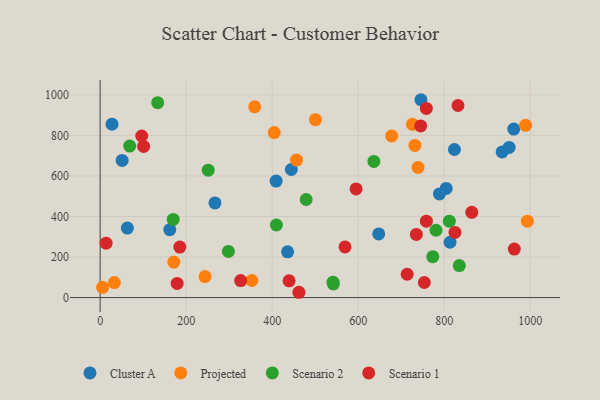
{"axis": {"x": "Speed", "y": "Yield"}, "legend": ["Cluster A", "Projected", "Scenario 1", "Scenario 2"], "data": [{"x": "745.8", "y": 975.9, "type": "Cluster A"}, {"x": "63.2", "y": 342.6, "type": "Cluster A"}, {"x": "444.4", "y": 631.7, "type": "Cluster A"}, {"x": "435.8", "y": 225.8, "type": "Cluster A"}, {"x": "647.6", "y": 314.0, "type": "Cluster A"}, {"x": "266.9", "y": 466.7, "type": "Cluster A"}, {"x": "950.9", "y": 740.5, "type": "Cluster A"}, {"x": "51.1", "y": 676.3, "type": "Cluster A"}, {"x": "804.5", "y": 538.4, "type": "Cluster A"}, {"x": "788.8", "y": 511.3, "type": "Cluster A"}, {"x": "961.7", "y": 831.0, "type": "Cluster A"}, {"x": "823.7", "y": 730.4, "type": "Cluster A"}, {"x": "934.6", "y": 718.3, "type": "Cluster A"}, {"x": "27.5", "y": 855.2, "type": "Cluster A"}, {"x": "813.5", "y": 272.8, "type": "Cluster A"}, {"x": "409.1", "y": 574.6, "type": "Cluster A"}, {"x": "161.8", "y": 335.1, "type": "Cluster A"}, {"x": "404.7", "y": 813.9, "type": "Projected"}, {"x": "731.8", "y": 750.5, "type": "Projected"}, {"x": "500.5", "y": 877.6, "type": "Projected"}, {"x": "5.7", "y": 50.3, "type": "Projected"}, {"x": "243.8", "y": 103.4, "type": "Projected"}, {"x": "456.5", "y": 678.2, "type": "Projected"}, {"x": "171.2", "y": 174.9, "type": "Projected"}, {"x": "359.3", "y": 940.8, "type": "Projected"}, {"x": "739.1", "y": 641.9, "type": "Projected"}, {"x": "993.3", "y": 376.9, "type": "Projected"}, {"x": "33.0", "y": 74.1, "type": "Projected"}, {"x": "352.7", "y": 84.3, "type": "Projected"}, {"x": "726.2", "y": 854.5, "type": "Projected"}, {"x": "989.2", "y": 849.4, "type": "Projected"}, {"x": "677.8", "y": 797.3, "type": "Projected"}, {"x": "811.8", "y": 376.6, "type": "Scenario 2"}, {"x": "773.3", "y": 201.5, "type": "Scenario 2"}, {"x": "636.4", "y": 671.5, "type": "Scenario 2"}, {"x": "479.0", "y": 483.8, "type": "Scenario 2"}, {"x": "68.7", "y": 747.3, "type": "Scenario 2"}, {"x": "542.2", "y": 67.3, "type": "Scenario 2"}, {"x": "780.9", "y": 332.0, "type": "Scenario 2"}, {"x": "541.3", "y": 75.7, "type": "Scenario 2"}, {"x": "251.2", "y": 628.2, "type": "Scenario 2"}, {"x": "298.2", "y": 227.5, "type": "Scenario 2"}, {"x": "835.0", "y": 158.0, "type": "Scenario 2"}, {"x": "169.8", "y": 385.6, "type": "Scenario 2"}, {"x": "133.7", "y": 961.4, "type": "Scenario 2"}, {"x": "409.7", "y": 357.9, "type": "Scenario 2"}, {"x": "735.2", "y": 311.4, "type": "Scenario 1"}, {"x": "569.3", "y": 249.9, "type": "Scenario 1"}, {"x": "753.7", "y": 74.3, "type": "Scenario 1"}, {"x": "439.2", "y": 82.4, "type": "Scenario 1"}, {"x": "326.7", "y": 83.8, "type": "Scenario 1"}, {"x": "745.3", "y": 846.5, "type": "Scenario 1"}, {"x": "758.5", "y": 376.8, "type": "Scenario 1"}, {"x": "832.0", "y": 947.3, "type": "Scenario 1"}, {"x": "864.0", "y": 420.6, "type": "Scenario 1"}, {"x": "101.0", "y": 745.4, "type": "Scenario 1"}, {"x": "13.8", "y": 268.3, "type": "Scenario 1"}, {"x": "962.9", "y": 239.0, "type": "Scenario 1"}, {"x": "96.6", "y": 796.9, "type": "Scenario 1"}, {"x": "185.2", "y": 249.2, "type": "Scenario 1"}, {"x": "179.0", "y": 69.8, "type": "Scenario 1"}, {"x": "713.8", "y": 115.0, "type": "Scenario 1"}, {"x": "462.1", "y": 26.1, "type": "Scenario 1"}, {"x": "595.0", "y": 536.1, "type": "Scenario 1"}, {"x": "758.4", "y": 933.1, "type": "Scenario 1"}, {"x": "824.9", "y": 321.4, "type": "Scenario 1"}]}